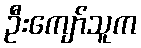
ဦးကျော်သူက